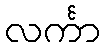
လင်္ကာ